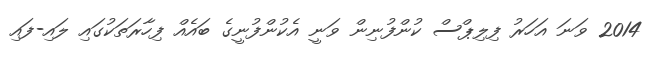
2014 ވަނަ އަހަރު ފިލިޕްސް ކުންފުނިން ވަނީ އެކުންފުނީގެ ބައެއް ފިހާރަތަކުގައި ލައި-ފައި